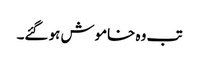
تب وہ خاموش ہو گئے۔